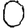
Digit: 0